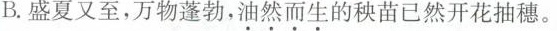
B.盛夏又至，万物蓬勃，油然而生的秧苗已然开花抽穗。